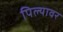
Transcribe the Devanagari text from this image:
पिल्यावर